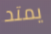
يمتد